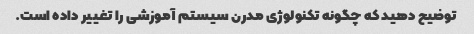
توضیح دهید که چگونه تکنولوژی مدرن سیستم آموزشی را تغییر داده است.